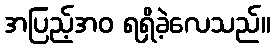
အပြည့်အဝ ရရှိခဲ့လေသည်။